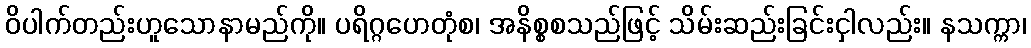
ဝိပါက်တည်းဟူသောနာမည်ကို။ ပရိဂ္ဂဟေတုံစ၊ အနိစ္စစသည်ဖြင့် သိမ်းဆည်းခြင်းငှါလည်း။ နသက္ကာ၊